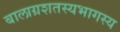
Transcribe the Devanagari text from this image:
बालाग्रशतस्यभागस्य